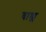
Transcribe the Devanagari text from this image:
वाड्म